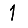
Digit: 1